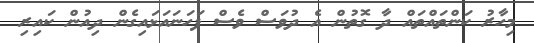
މިހާރު ކަންތައްތައް ދާ ގޮތުން އެ ދުވަސް ވެސް ފަހަނައަޅައިގެން ދިއުން ކައިރި